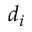
d _ { i }